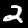
Digit: 2